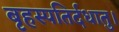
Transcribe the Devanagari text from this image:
बृहस्पतिर्दधातु।